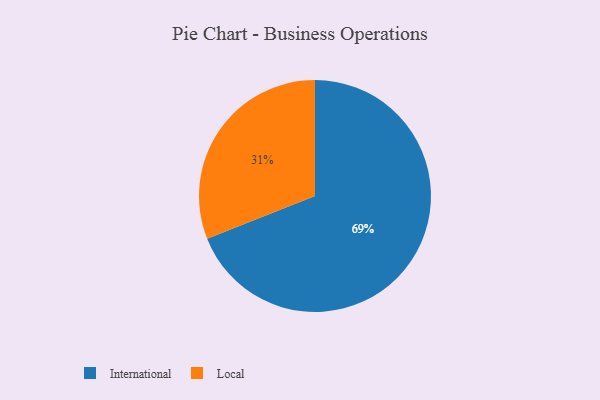
{"axis": {"x": "Category", "y": "Percentage"}, "legend": ["International", "Local"], "data": [{"x": "International", "y": 69, "type": "International"}, {"x": "Local", "y": 31, "type": "Local"}]}